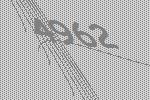
4962